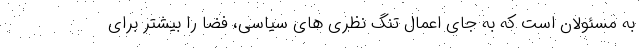
به مسئولان است که به جای اعمال تنگ نظری های سیاسی، فضا را بیشتر برای